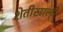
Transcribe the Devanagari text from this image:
शेतीखाली